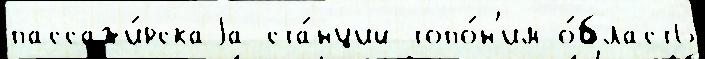
пассажи́рскаjа ста́нций топо́н'им о́бласть